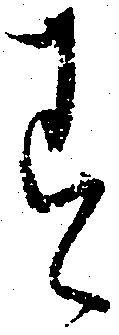
す